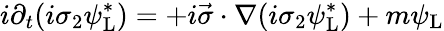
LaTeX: i\partial_{t}(i\sigma_{2}\psi_{\mathrm{{L}}}^{*})=+i{\vec{\sigma}}\cdot\nabla(i\sigma_{2}\psi_{\mathrm{{L}}}^{*})+m\psi_{\mathrm{{L}}}